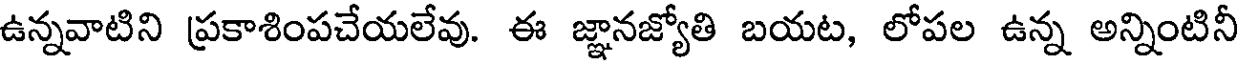
ఉన్నవాటిని ప్రకాశింపచేయలేవు. ఈ జ్ఞానజ్యోతి బయట, లోపల ఉన్న అన్నింటినీ